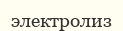
электролиз